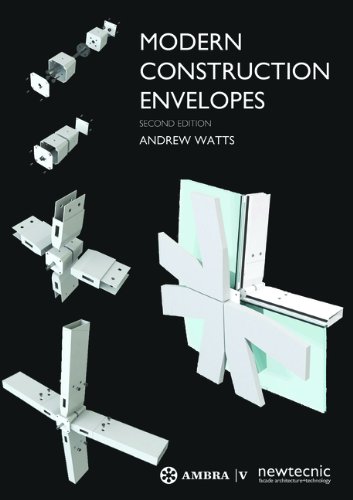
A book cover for Modern Construction Envelopes; Andrew Watts; Arts & Photography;